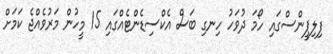
ފިލިޕީންސްގައި ހޯމަ ދުވަހު ހިނގި ބަސް އެކްސިޑެންޓެއްގައި 15 މީހުން މަރުވެއްޖެ ކަމަށް